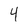
Character: 4